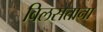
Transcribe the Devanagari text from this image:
विलसताना